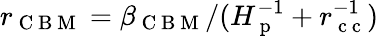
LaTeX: r_{\mathrm{~C~B~M~}}=\beta_{\mathrm{~C~B~M~}}/(H_{\mathrm{~p~}}^{-1}+r_{\mathrm{~c~c~}}^{-1})